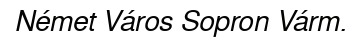
Német Város Sopron Várm.